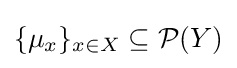
\{\mu _{x}\}_{x\in X}\subseteq {\mathcal {P}}(Y)